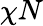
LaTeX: \chi N